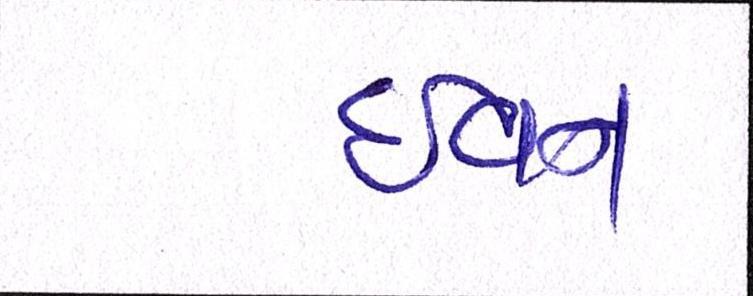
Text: ઇવન